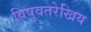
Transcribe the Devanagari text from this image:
विषुवतरेखिय